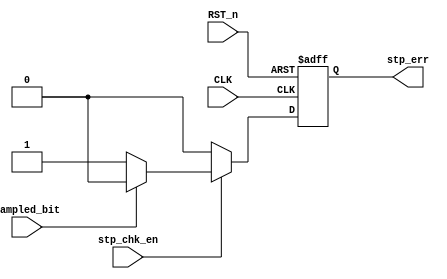
module Stop_Check(
input CLK            ,
input RST_n          ,
input stp_chk_en     ,
input sampled_bit    ,

output reg stp_err 

);


//assign stp_err = (stp_chk_en && sampled_bit) ? 1'b0 : 1'b1 ;



always @(posedge CLK or negedge RST_n) begin
	if (!RST_n) begin
		stp_err <= 0 ;
	end

	else if (stp_chk_en) begin
	     if(sampled_bit)  stp_err <= 1'b0;
	     else             stp_err <= 1'b1;	
	end

	else stp_err <= 0;

end



endmodule